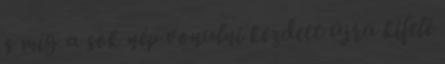
s míg a sok nép vonulni kezdett újra kifelé